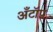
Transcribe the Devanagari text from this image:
अँटॉप